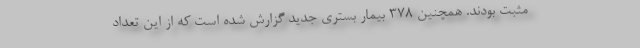
مثبت بودند. همچنین ۳۷۸ بیمار بستری جدید گزارش شده است که از این تعداد